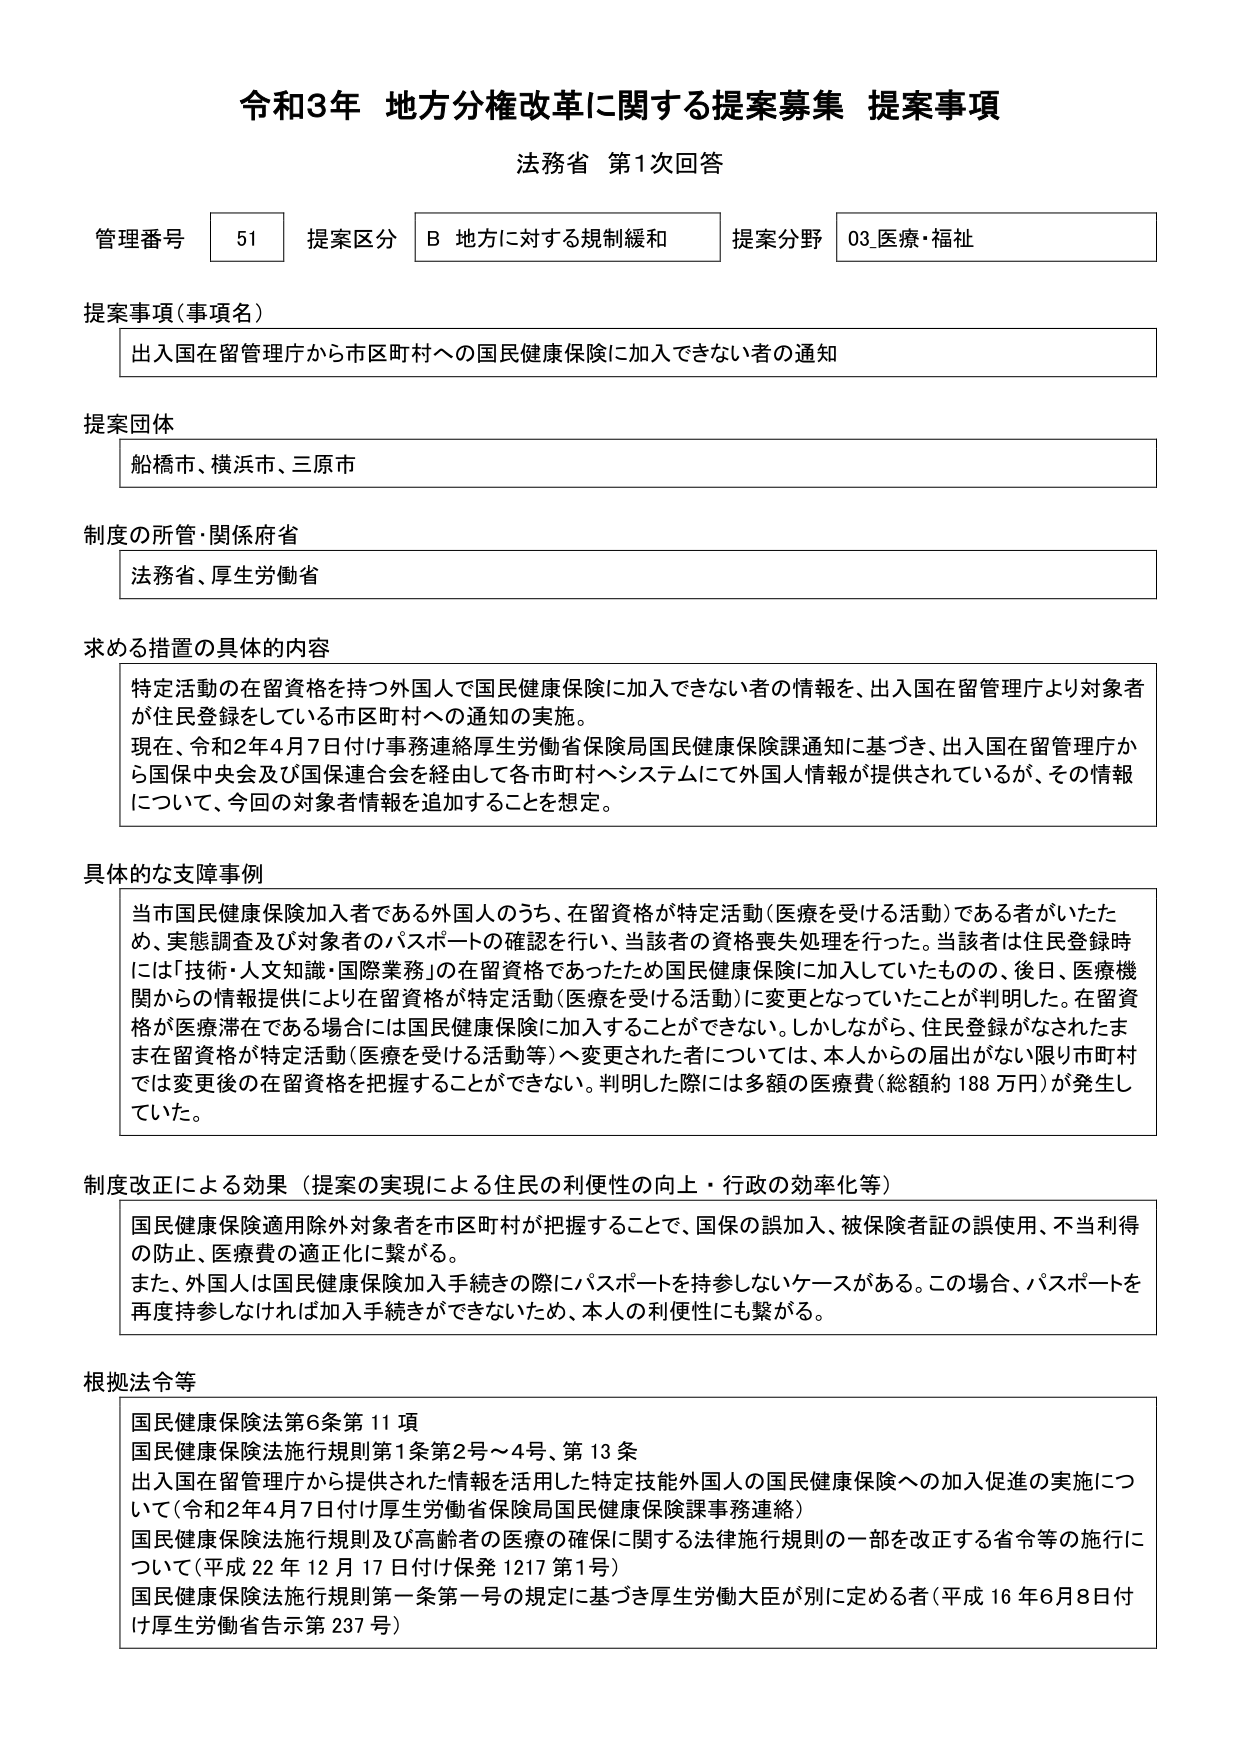
令和3年 地方分権改革に関する提案募集 提案事項
法務省 第1次回答

管理番号 51 提案区分 B 地方に対する規制緩和 提案分野 03.医療・福祉

提案事項（事項名）
出入国在留管理庁から市区町村への国民健康保険に加入できない者の通知

提案団体
船橋市、横浜市、三原市

制度の所管・関係府省
法務省、厚生労働省

求める措置の具体的内容
特定活動の在留資格を持つ外国人で国民健康保険に加入できない者の情報を、出入国在留管理庁より対象者が住民登録をしている市区町村への通知の実施。
現在、令和2年4月7日付け事務連絡厚生労働省保険局国民健康保険課通知に基づき、出入国在留管理庁から国保中央会及び国保連合会を経由して各市町村へシステムにて外国人情報が提供されているが、その情報について、今回の対象者情報を追加することを想定。

具体的な支障事例
当市国民健康保険加入者である外国人のうち、在留資格が特定活動（医療を受ける活動）である者がいたため、実態調査及び対象者のパスポートの確認を行い、当該者の資格喪失処理を行った。当該者は住民登録時には「技術・人文知識・国際業務」の在留資格であったため国民健康保険に加入していたものの、後日、医療機関からの情報提供により在留資格が特定活動（医療を受ける活動）に変更となっていたことが判明した。在留資格が医療滞在である場合には国民健康保険に加入することができない。しかしながら、住民登録がなされたまま在留資格が特定活動（医療を受ける活動等）へ変更された者については、本人からの届出がない限り市町村では変更後の在留資格を把握することができない。判明した際には多額の医療費（総額約188万円）が発生していた。

制度改正による効果（提案の実現による住民の利便性の向上・行政の効率化等）
国民健康保険適用除外対象者を市区町村が把握することで、国保の誤加入、被保険者証の誤使用、不当利得の防止、医療費の適正化に繋がる。
また、外国人は国民健康保険加入手続きの際にパスポートを持参しないケースがある。この場合、パスポートを再度持参しなければ加入手続きができないため、本人の利便性にも繋がる。

根拠法令等
国民健康保険法第6条第11項
国民健康保険法施行規則第1条第2号～4号、第13条
出入国在留管理庁から提供された情報を活用した特定技能外国人の国民健康保険への加入促進の実施について（令和2年4月7日付け厚生労働省保険局国民健康保険課事務連絡）
国民健康保険法施行規則及び高齢者の医療の確保に関する法律施行規則の一部を改正する省令等の施行について（平成22年12月17日付け保発1217第1号）
国民健康保険法施行規則第一条第一号の規定に基づき厚生労働大臣が別に定める者（平成16年6月8日付け厚生労働省告示第237号）